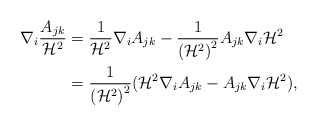
\begin{align*}\nabla_i\frac{A_{jk}}{\mathcal{H}^2}&=\frac{1}{\mathcal{H}^2}\nabla_iA_{jk}-\frac{1}{\left(\mathcal{H}^2\right)^2}A_{jk}\nabla_i\mathcal{H}^2\\&=\frac{1}{\left(\mathcal{H}^2\right)^2}(\mathcal{H}^2\nabla_iA_{jk}-A_{jk}\nabla_i\mathcal{H}^2),\end{align*}